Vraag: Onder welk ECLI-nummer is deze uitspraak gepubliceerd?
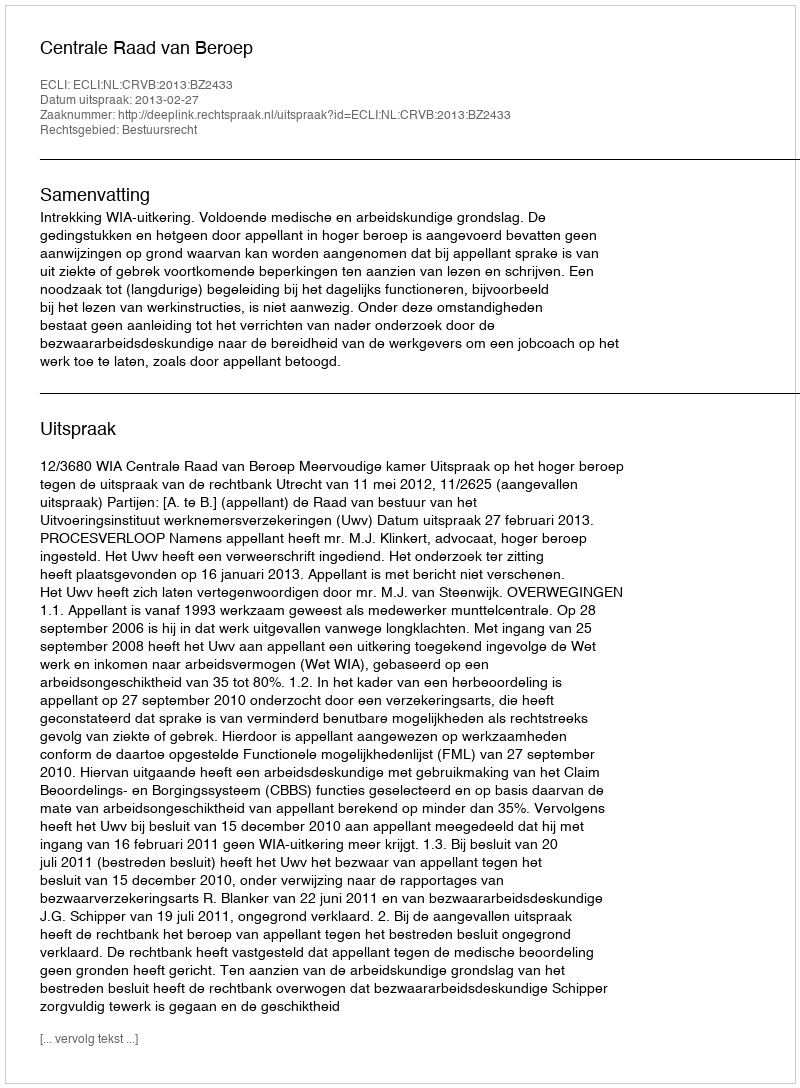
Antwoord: ECLI:NL:CRVB:2013:BZ2433